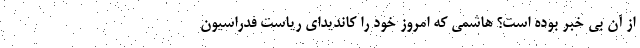
از آن بی خبر بوده است؟ هاشمی که امروز خود را کاندیدای ریاست فدراسیون